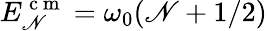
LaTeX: E_{\mathscr{N}}^{\mathrm{{~c~m~}}}=\omega_{0}(\mathscr{N}+1/2)